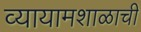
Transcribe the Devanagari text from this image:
व्यायामशाळाची